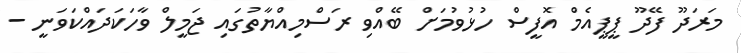
މަރަދޫ ފޭދޫ ޕީޕީއެމް އޮފީސް ހުޅުވުމަށް ބޭއްވި ރަސްމިއްޔާތުގައި ޖަމީލް ވާހަކަދައްކަވަނީ -